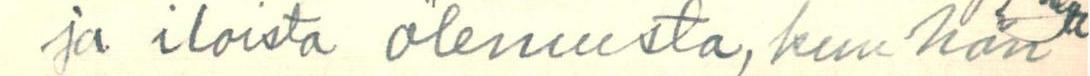
ja iloista olemusta, kun hän